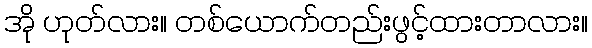
အို ဟုတ်လား။ တစ်ယောက်တည်းဖွင့်ထားတာလား။